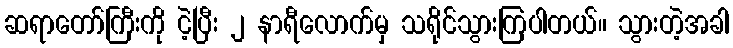
ဆရာတော်ကြီးကို ငဲ့ပြီး ၂ နာရီလောက်မှ သရိုင်သွားကြပါတယ်။ သွားတဲ့အခါ